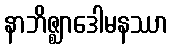
နာဘိဇ္ဈာဒေါမနဿာ